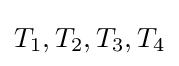
T_{1},T_{2},T_{3},T_{4}